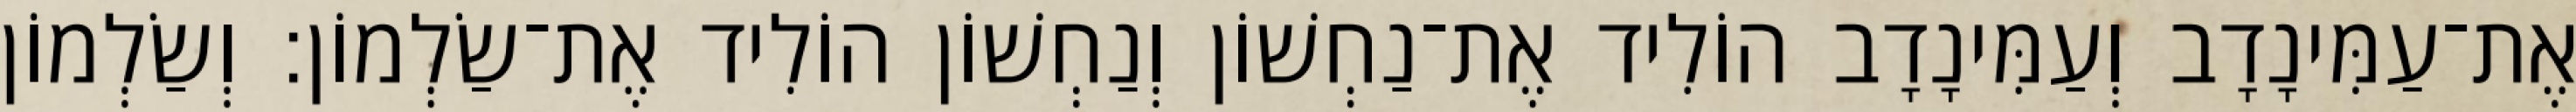
אֶת־עַמִּינָדָב וְעַמִּינָדָב הוֹלִיד אֶת־נַחְשׁוֹן וְנַחְשׁוֹן הוֹלִיד אֶת־שַׂלְמוֹן׃ וְשַׂלְמוֹן